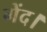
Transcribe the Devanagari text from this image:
गेंद।